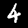
Label: 4